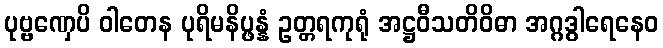
ပုဗ္ဗဏှေပိ ဝါတေန ပုရိမနိပ္ဖန္နံ ဥတ္တရကုရုံ အဋ္ဌဝီသတိဝိဓာ အဂ္ဂဒွါရေနေဝ